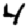
Digit: 4